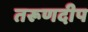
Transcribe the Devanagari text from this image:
तरूणदीप